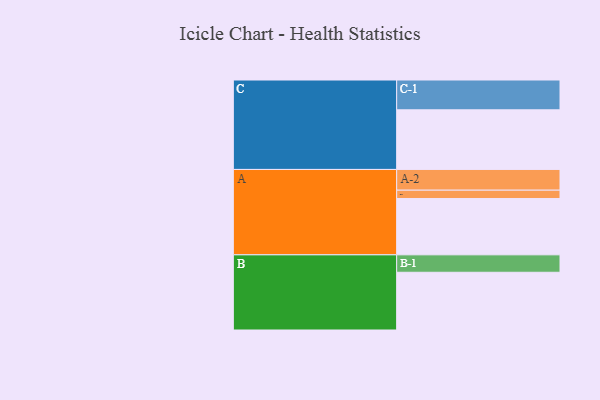
{"axis": {"x": "Segment", "y": "Value"}, "legend": ["", "A", "B", "C"], "data": [{"x": "A", "y": 446, "type": ""}, {"x": "B", "y": 457, "type": ""}, {"x": "C", "y": 472, "type": ""}, {"x": "A-1", "y": 66, "type": "A"}, {"x": "A-2", "y": 164, "type": "A"}, {"x": "B-1", "y": 138, "type": "B"}, {"x": "C-1", "y": 236, "type": "C"}]}